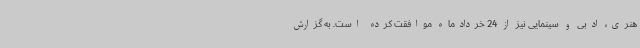
هنری، ادبی و سینمایی نیز از 24 خردادماه موافقت کرده است. به گزارش